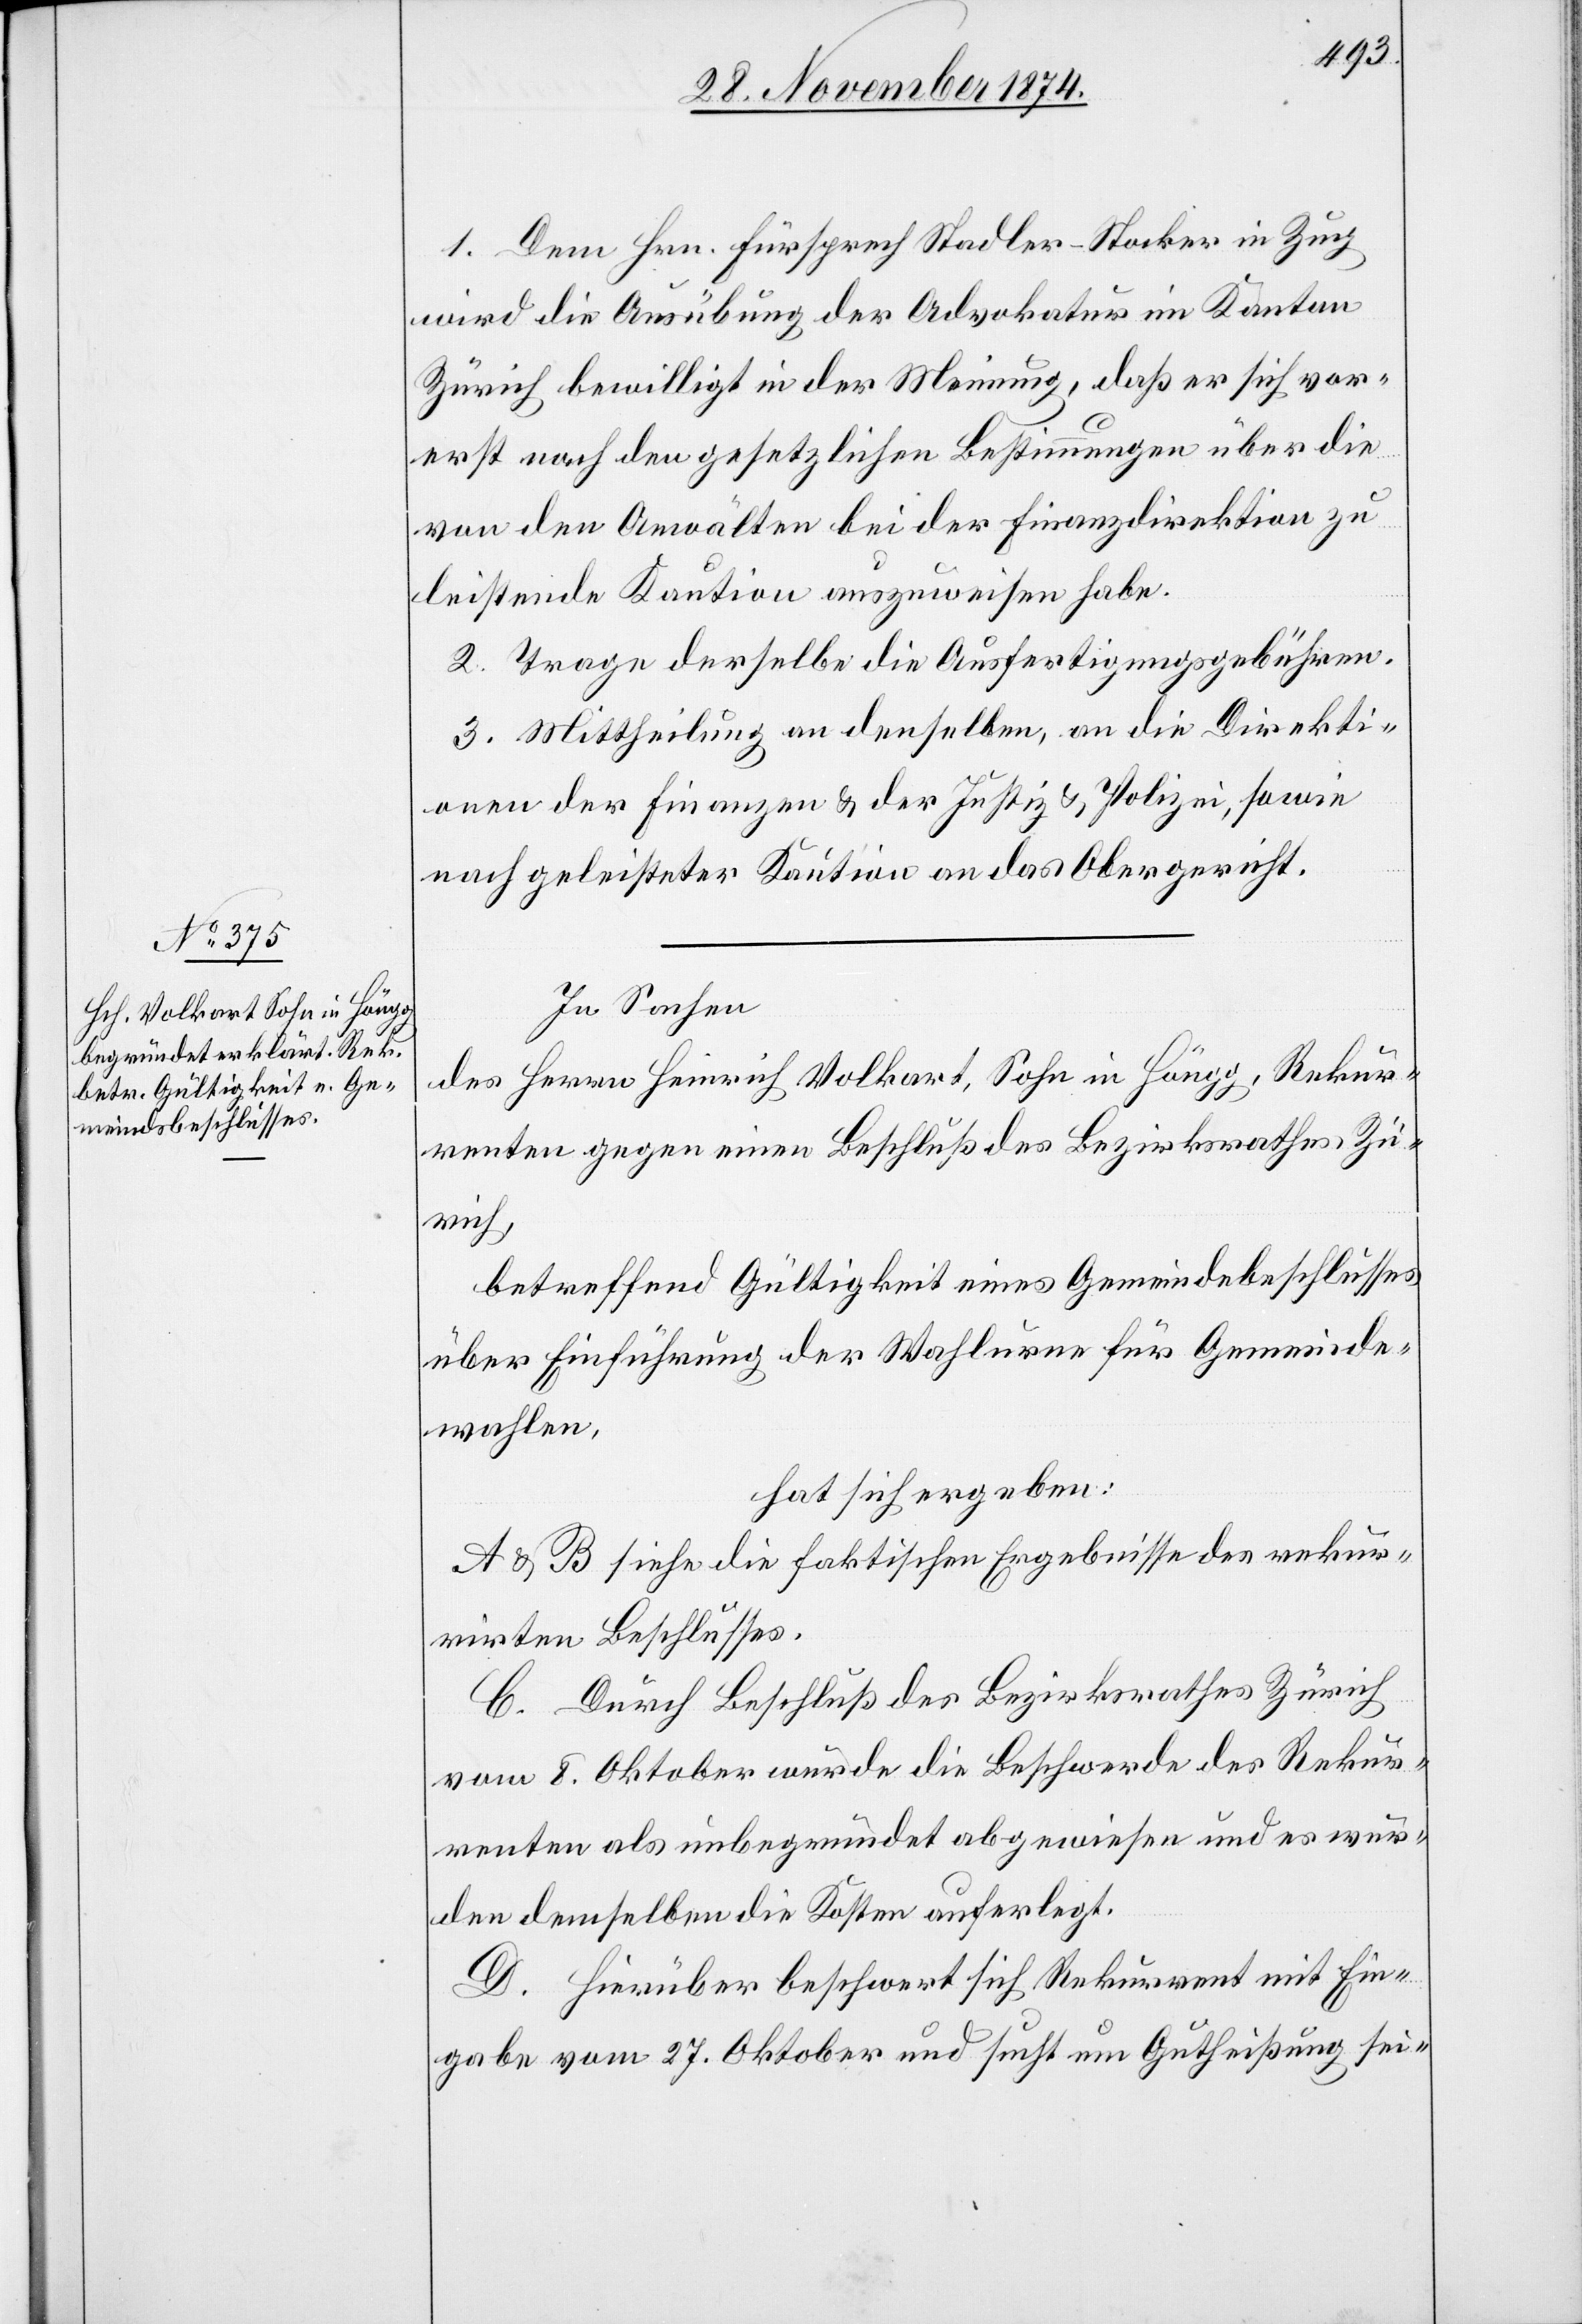
1. Dem Hrn. Fürsprech Stadler-Stocker in Zug
wird die Ausübung der Advokatur im Kanton
Zürich bewilligt in der Meinung, daß er sich vor¬
erst noch den gesetzlichen Bestimmungen über die
von den Anwälten bei der Finanzdirektion zu
leistende Kaution auszuweisen habe.
2. Trage derselbe die Ausfertigungsgebühren.
3. Mittheilung an denselben, an die Direkti¬
onen der Finanzen & der Justiz & Polizei, sowie
nach geleisteter Kaution an das Obergericht.
In Sachen
des Herrn Heinrich Volkart, Sohn in Höngg, Rekur¬
renten gegen einen Beschluß des Bezirksrathes Zü¬
rich,
betreffend Gültigkeit eines Gemeindebeschlusses
über Einführung der Wahlurne für Gemeinde¬
wahlen,
hat sich ergeben:
A & B siehe die faktischen Ergebnisse des rekur¬
rirten Beschlusses.
C. Durch Beschluß des Bezirksrathes Zürich
vom 8. Oktober wurde die Beschwerde des Rekur¬
renten als unbegründet abgewiesen und es wur¬
den demselben die Kosten auferlegt.
D. Hierüber beschwert sich Rekurrent mit Ein¬
gabe vom 27. Oktober und sucht um Gutheißung sei-